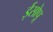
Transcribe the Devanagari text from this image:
ईसोपू